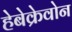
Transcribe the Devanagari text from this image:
हेबेक्रेवोन